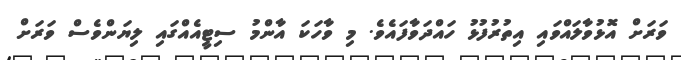
ވަރަށް އޮޅުވާލައްވައި އިތުރުފުޅު ހައްދަވާފައެވެ. މި ވާހަކަ އާންމު ސިޓީއެއްގައި ލިޔަންވެސް ވަރަށް